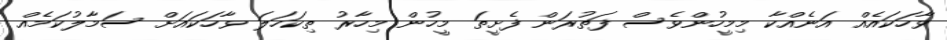
ވާހަކައެއް އަނެއްކާ މިމީހުންވެސް ފަތުރަން ފެށީތަ މީހުން މިހާރު ތިކަހަލަ ވާހަކައަށް ސަމާލުކަމެއް